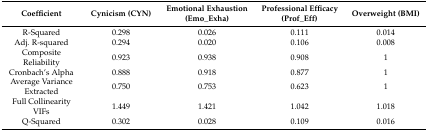
| Coefficient | Cynicism (CYN) | Emotional Exhaustion (Emo_Exha) | Professional Efficacy (Prof_Eff) | Overweight (BMI) |
 | --- | --- | --- | --- | --- |
 | R-Squared | 0.298 | 0.026 | 0.111 | 0.014 |
 | Adj. R-squared | 0.294 | 0.020 | 0.106 | 0.008 |
 | Composite Reliability | 0.923 | 0.938 | 0.908 | 1 |
 | Cronbach’s Alpha | 0.888 | 0.918 | 0.877 | 1 |
 | Average Variance Extracted | 0.750 | 0.753 | 0.623 | 1 |
 | Full Collinearity VIFs | 1.449 | 1.421 | 1.042 | 1.018 |
 | Q-Squared | 0.302 | 0.028 | 0.109 | 0.016 |